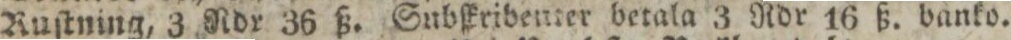
Ruſtning, 3 Rdr 36 ß. Subſkribenter betala 3 Rdr 16 ß. banko.